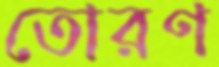
তোরণ